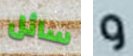
سائل و